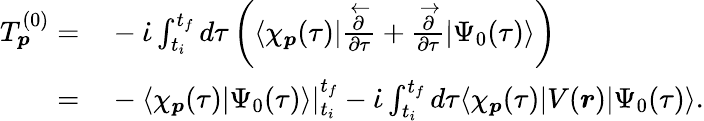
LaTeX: \begin{array}{rl}{T_{\boldsymbol{p}}^{(0)}=}&{{}-\dot{\iota}\int_{t_{i}}^{t_{f}}d\tau\left(\langle\chi_{\boldsymbol{p}}(\tau)|\frac{\overleftarrow{\partial}}{\partial\tau}+\frac{\overrightarrow{\partial}}{\partial\tau}|\Psi_{0}(\tau)\rangle\right)}\\ {=}&{{}-\langle\chi_{\boldsymbol{p}}(\tau)|\Psi_{0}(\tau)\rangle|_{t_{i}}^{t_{f}}-\dot{\iota}\int_{t_{i}}^{t_{f}}d\tau\langle\chi_{\boldsymbol{p}}(\tau)|V(\boldsymbol{r})|\Psi_{0}(\tau)\rangle.}\end{array}